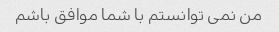
من نمی توانستم با شما موافق باشم